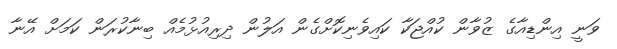
ވަނީ އިންޑިއާގެ ޒުވާން ކުއްޖަކާ ކައިވެނިކޮށްގެން އަލުން ދިރިއުޅުމެއް ބިނާކުރަން ކަމަށް އޭނާ